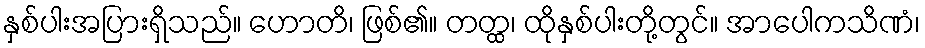
နှစ်ပါးအပြားရှိသည်။ ဟောတိ၊ ဖြစ်၏။ တတ္ထ၊ ထိုနှစ်ပါးတို့တွင်။ အာပေါကသိဏံ၊